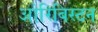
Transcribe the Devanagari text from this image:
ओरिबिस्टन